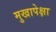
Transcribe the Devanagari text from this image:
मुखापेक्षा